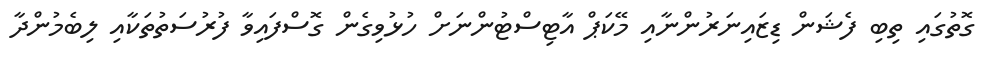
ގޮތުގައި ތިބި ފެޝަން ޑިޒައިނަރުންނާއި މޭކަޕް އާޓިސްޓުންނަށް ހުޅުވިގެން ގޮސްފައިވާ ފުރުސަތުތަކާއި ލިބެމުންދާ